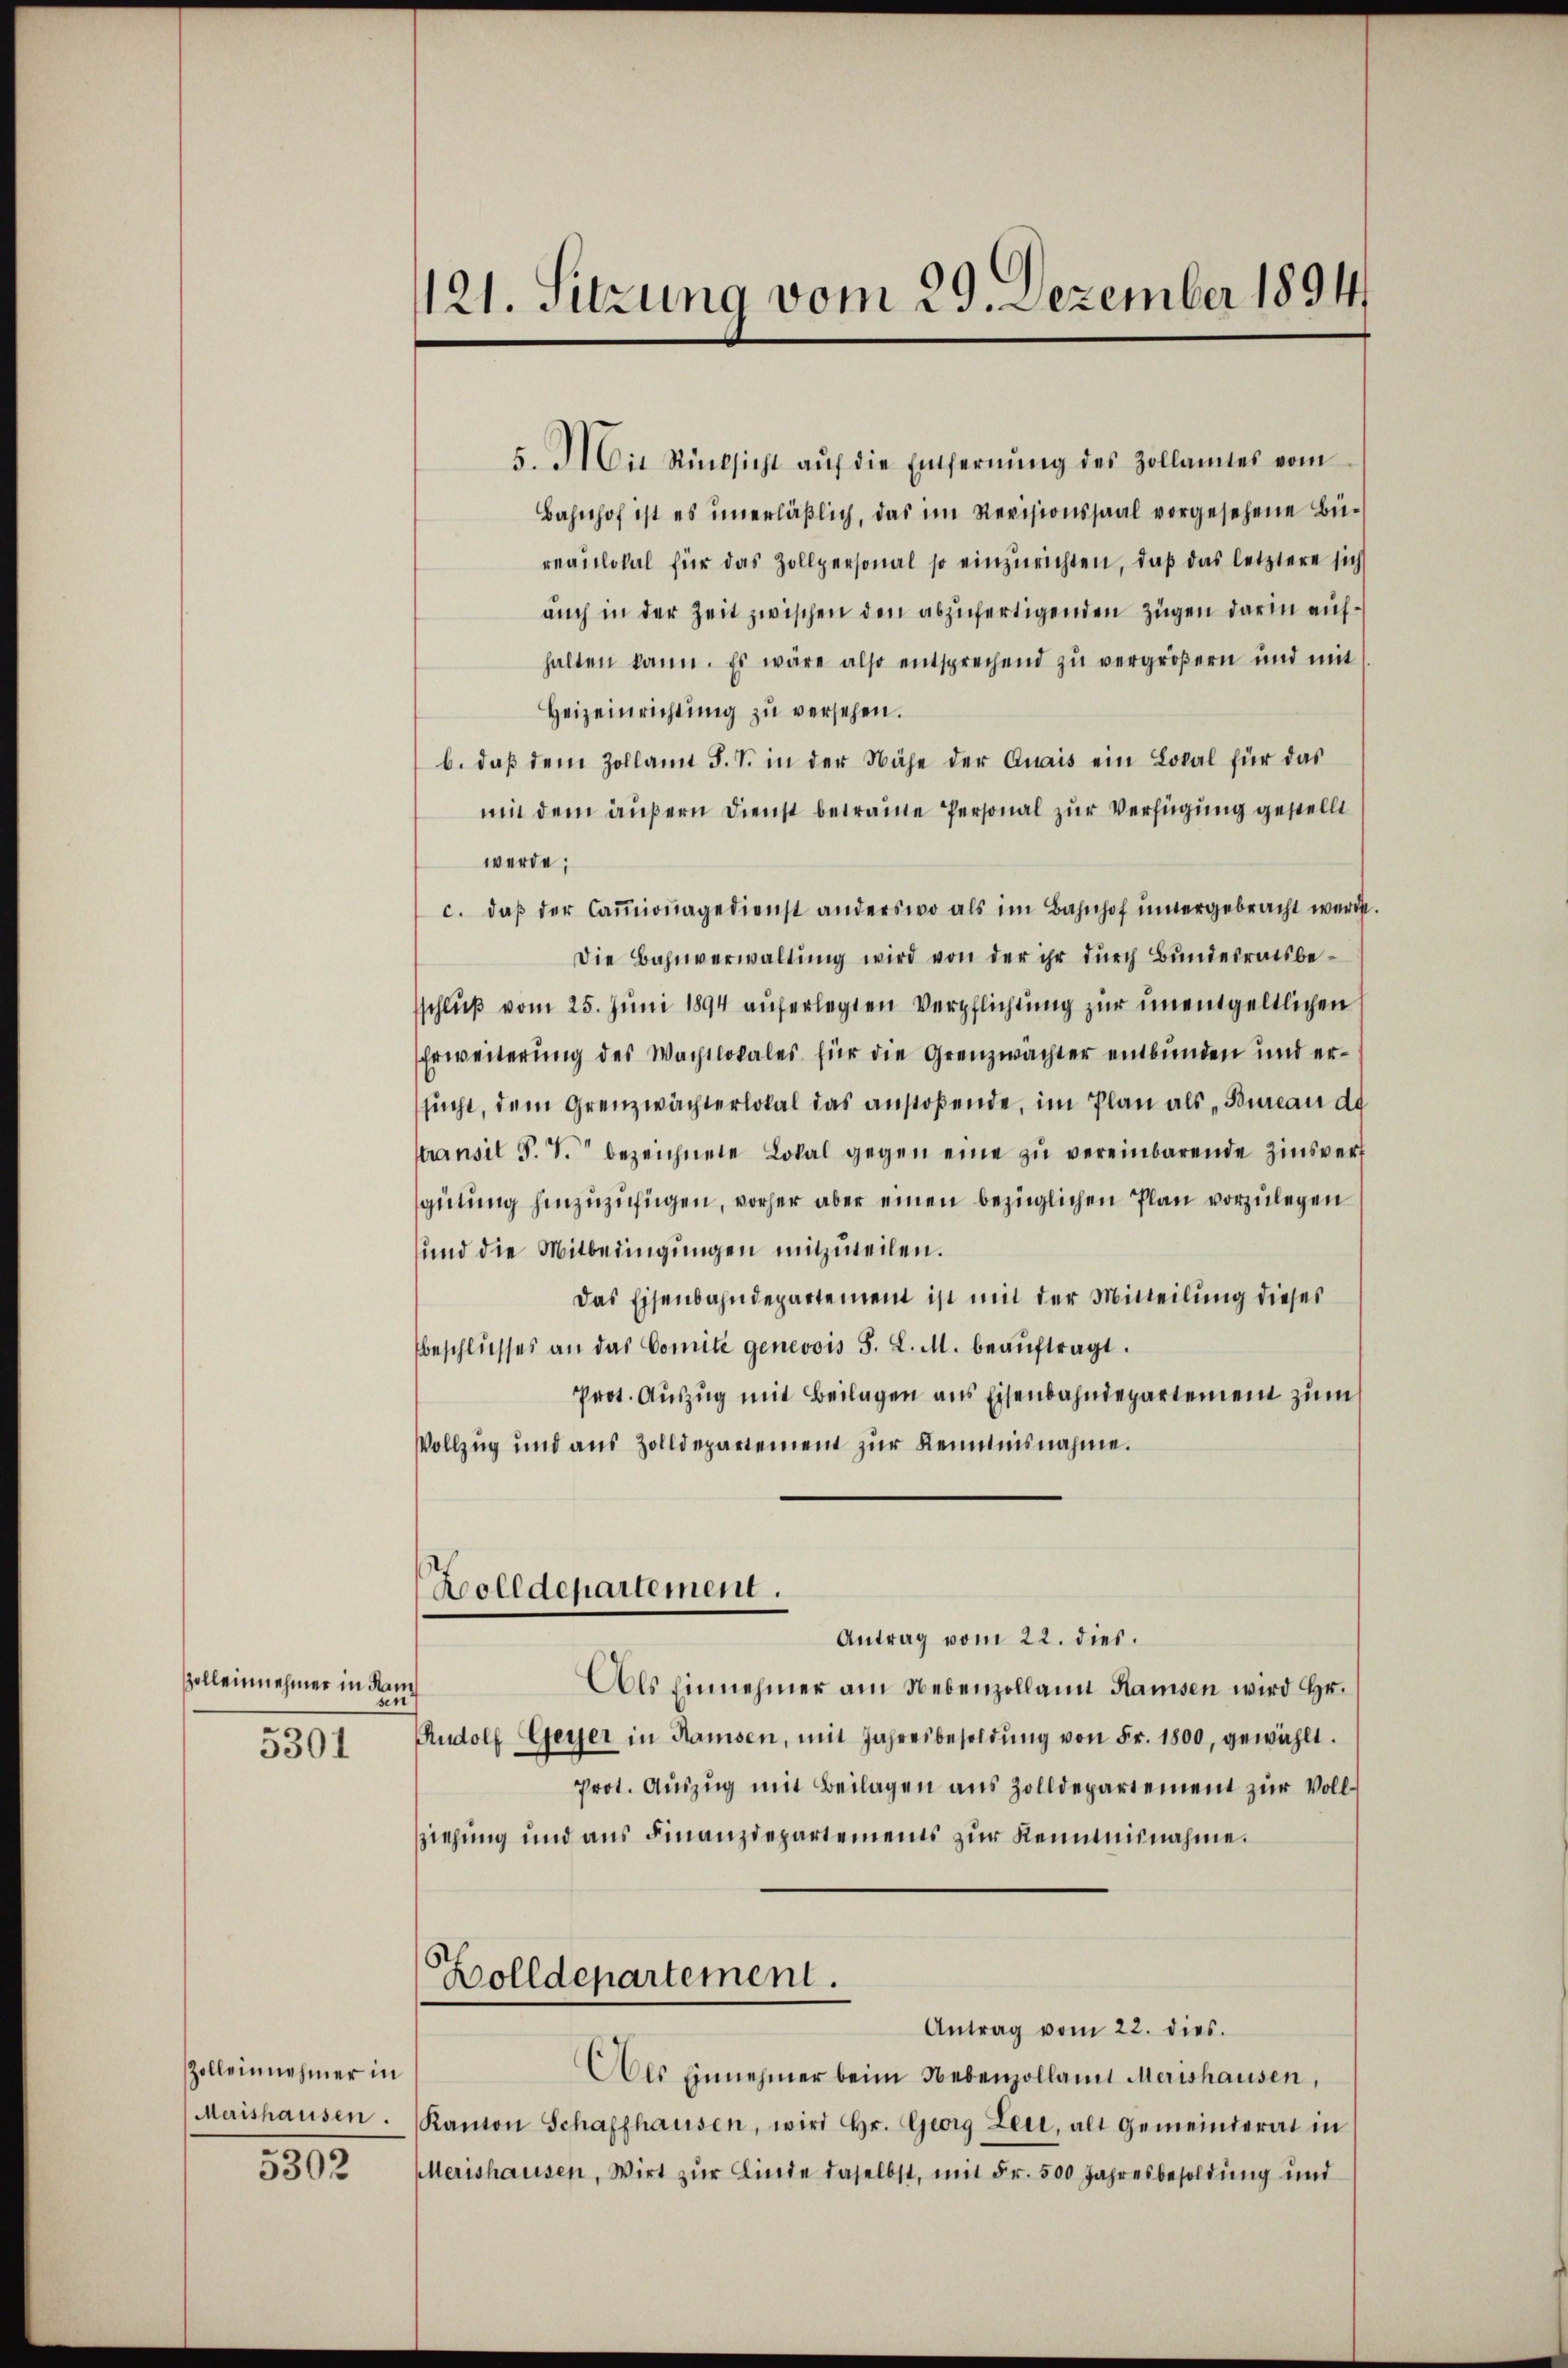
Zolleinnehmer in dan
5301

Zolleinnehmer in
Merishausen.

5302

121. Sitzung vom 29. Dezember 1894

5. Mit Rücksicht aŭf die Entfernŭng des Zollamtes vom
Bahnhof ist es unerläßlich, das im Revisionssaal vorgesehene Büreaulokal für das Zollpersonal so einzurichten, daß das letztere sich
auch in der Zeit zwischen den abzufertigenden Zügen darin aufhalten kann. Es wäre also entsprechend zŭ vergröβern und mit
Heizeinrichtung zŭ versehen.
b. daß dem Zollamt F. S. in der Nähe der Quais ein Lokal für das
mit dem äußern Dienst betraute Personal zur Verfügung gestellt
werde;
c. daβ der Caṁmionagedienst anderswo als im Bahnhof untergebracht werde
Die Bahnverwaltŭng wird von der ihr durch Bundesratsbesschluß vom 25. Juni 1894 auferlegten Verpflichtung zur unentgeltlichen
Erweiterung des Wachtlokales für die Grenzwachter entbunden und ersucht, dem Grenzwächterlokal das anstoßende, im Plan als „Bureau de
ttransil S. S. bezeichnete Lokal gegen eine zu vereinbarende Zinsverf
gütung hinzuzufügen, vorher aber einen bezüglichen Plan vorzulegen
und die Mitbedingungen mitzuteilen.
Das Eisenbahndepartement ist mit der Mitteilung dieses
beschlusses an das Comite genevois S. L. M. beaŭftragt.
Prot. Auszug mit Beilagen aus Eisenbahndepartement zum
Vollzug und aus Zolldepartement zur Kenntnisnahme.
Zolldepartement.
Antrag vom 22. dies.
Als Einnehmer am Nebenzollamt Ramsen wird Hr.
Rudolf Geyer in Ramsen, mit Jahresbesoldŭng von Fr. 1800, gewählt.
Prot. Auszug mit Beilagen aus Zolldepartement zur Voll¬
Zziehung und aus Finanzdepartements zur Kenntnisnahme.
Bolldepartement.
Antrag vom 22. dies
Als Einnehmer beim Nebenzollamt Merishausen,
Kanton Schaffhausen, wird Hr. Georg Leii, alt Gemeinderat in
Merishausen, Wirt zur Linde daselbst, mit Fr. 500 Jahresbesoldung und